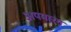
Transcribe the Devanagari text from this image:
अपमारग